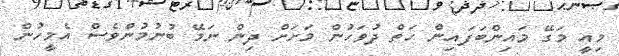
މިއީ މަގޭ މައިންބަފައިން ހަތް ދުވަހުން މަށަށް ދިން ނަމޭ ބުނުމުންވެސް އެމީހުން